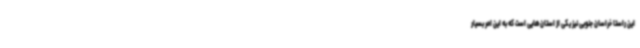
این راستا خراسان جنوبی نیز یکی از استان‌هایی است که به این امر بسیار